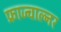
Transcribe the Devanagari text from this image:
फ्राज्चाल्नर